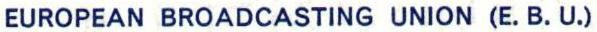
EUROPEAN BROADCASTING UNION (E.B.U.)